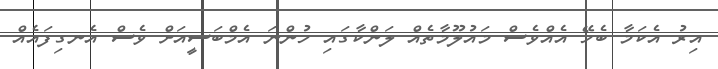
އިރު އެކަމާ ބެހޭ އެއްވެސް މައުލޫމާތެއް ލަންކާގައި ހުންނަ އެމްބަސީއަށް ވެސް އެނގިފައެއް